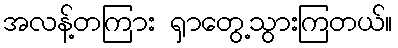
အလန့်တကြား ရှာတွေ့သွားကြတယ်။